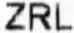
ZRL